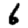
Digit: 6